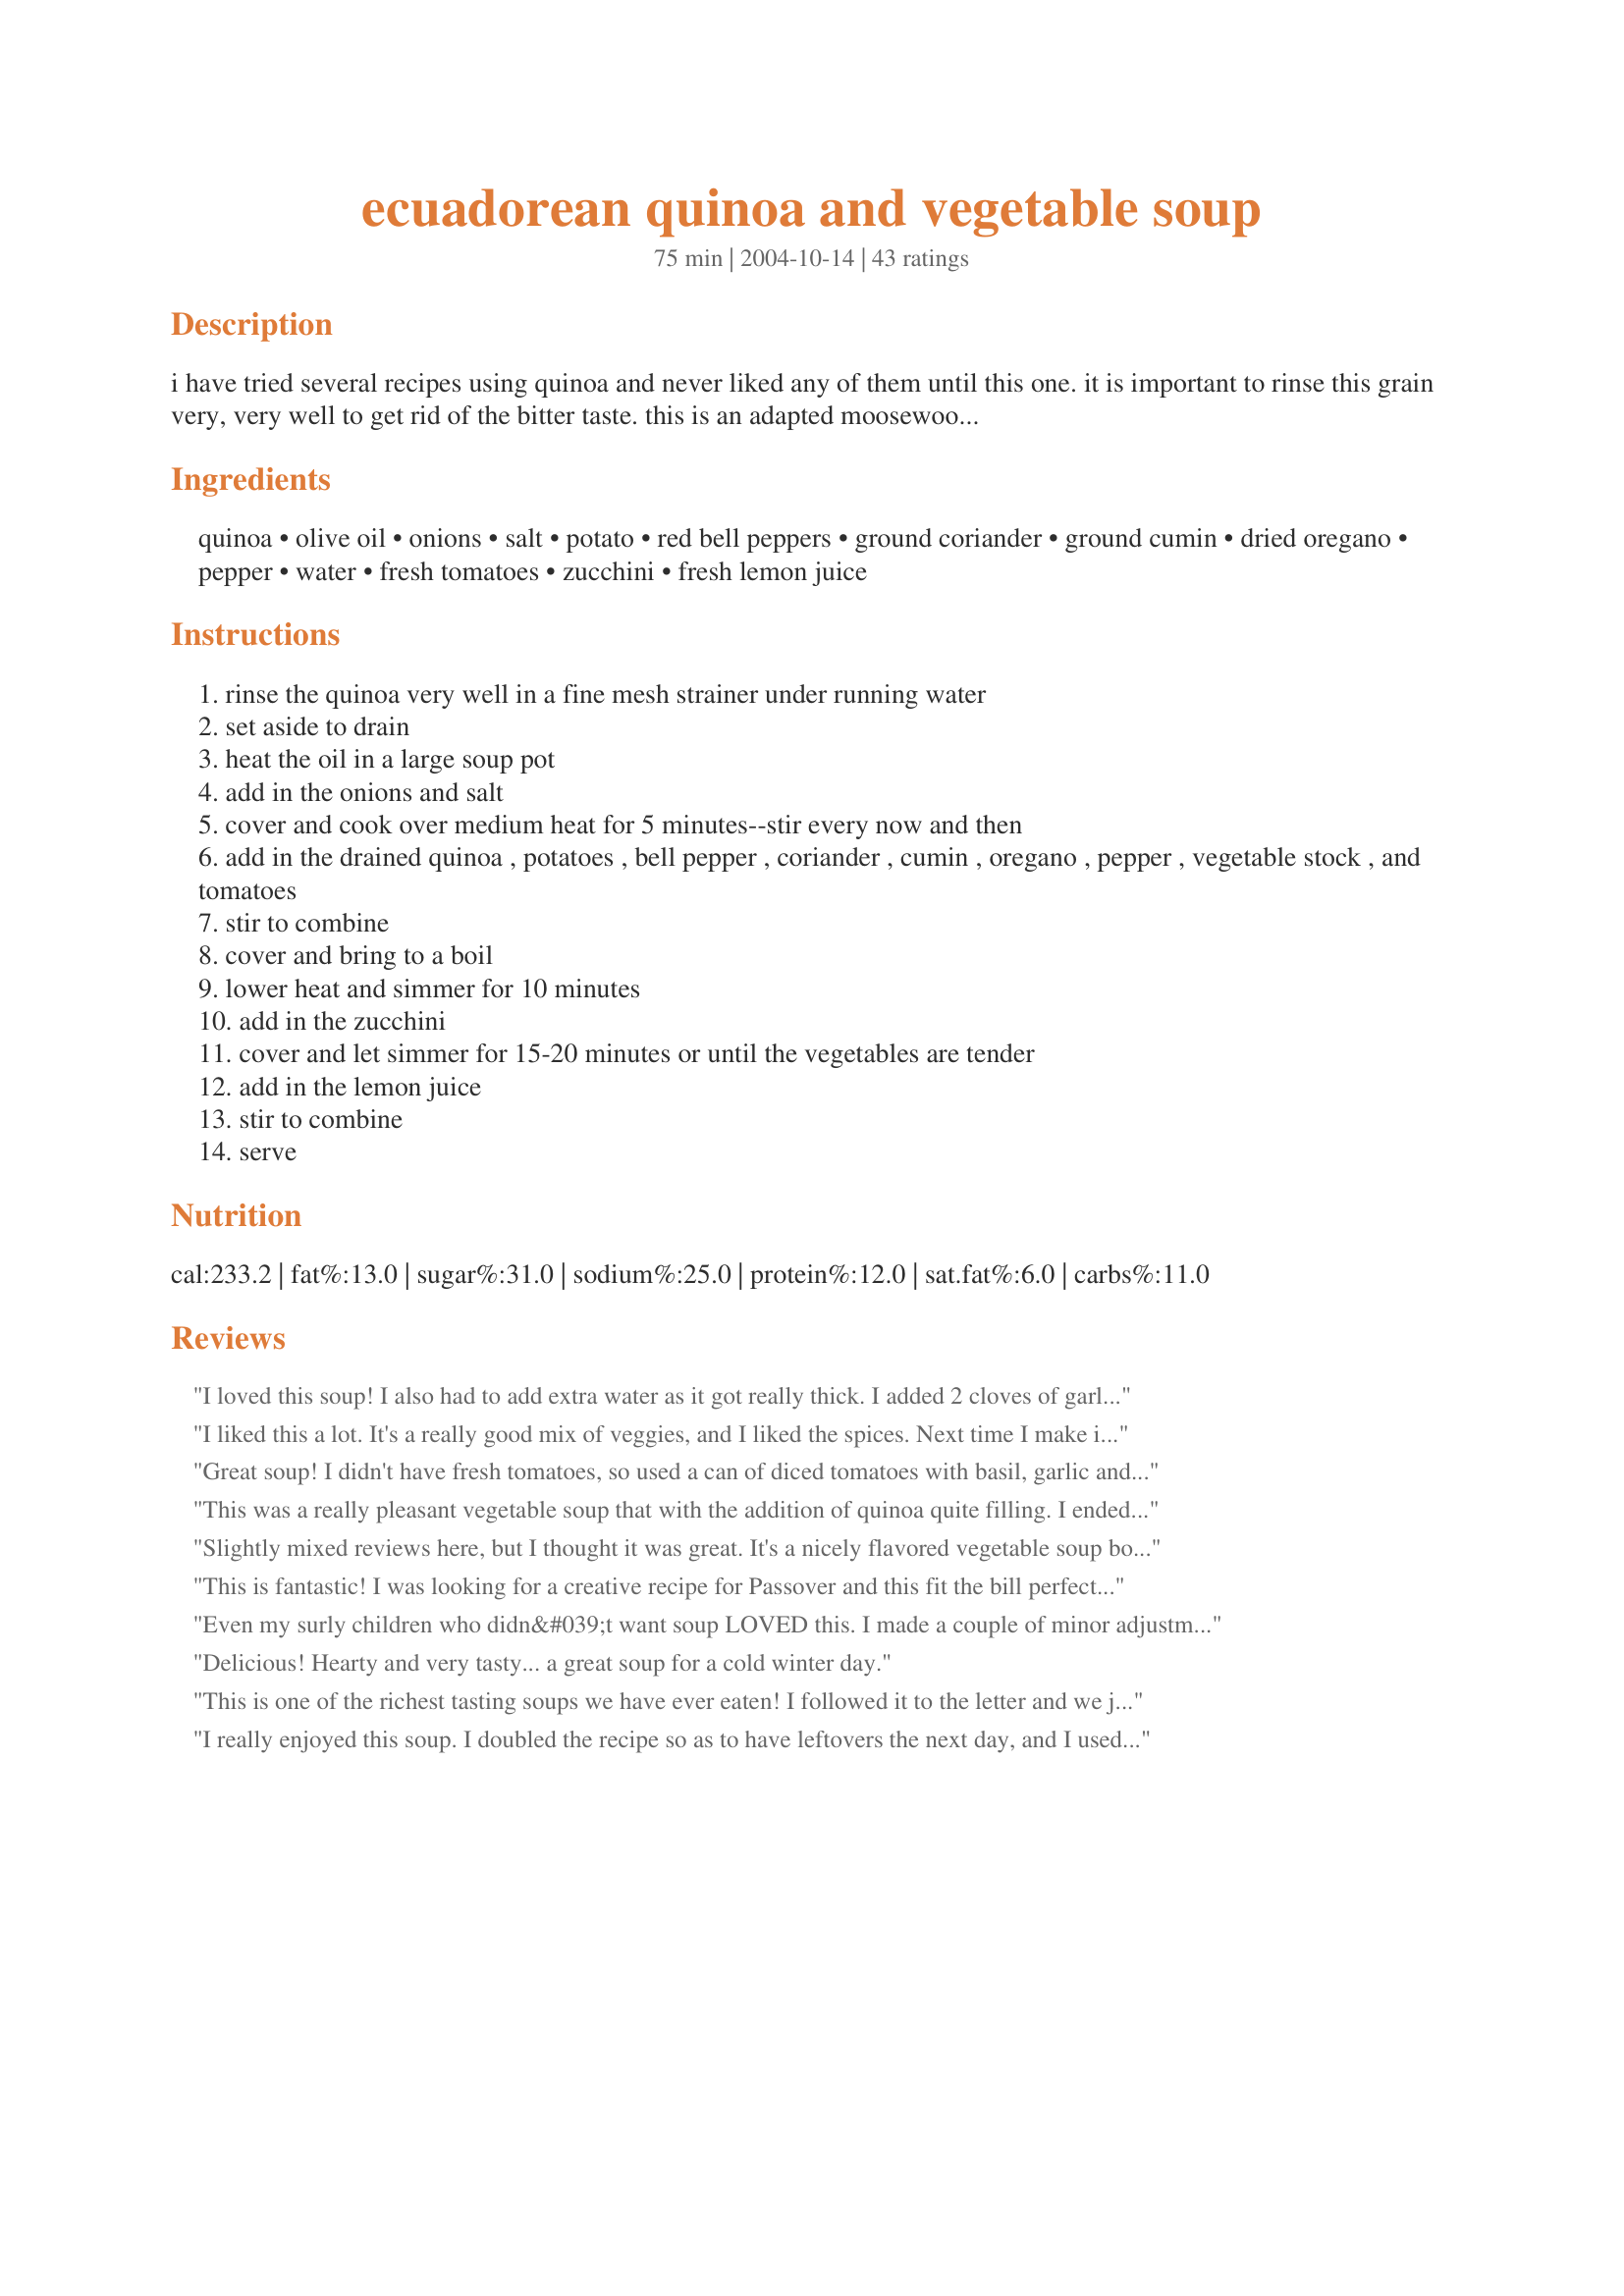
ecuadorean quinoa and vegetable soup
Preparation time: 75 minutes

i have tried several recipes using quinoa and never liked any of them until this one. it is important to rinse this grain very, very well to get rid of the bitter taste. this is an adapted moosewood recipe.

Ingredients:
quinoa, olive oil, onions, salt, potato, red bell peppers, ground coriander, ground cumin, dried oregano, pepper, water, fresh tomatoes, zucchini, fresh lemon juice

Steps:
rinse the quinoa very well in a fine mesh strainer under running water
set aside to drain
heat the oil in a large soup pot
add in the onions and salt
cover and cook over medium heat for 5 minutes--stir every now and then
add in the drained quinoa , potatoes , bell pepper , coriander , cumin , oregano , pepper , vegetable stock , and tomatoes
stir to combine
cover and bring to a boil
lower heat and simmer for 10 minutes
add in the zucchini
cover and let simmer for 15-20 minutes or until the vegetables are tender
add in the lemon juice
stir to combine
serve

Reviews:
I loved this soup! I also had to add extra water as it got really thick. I added 2 cloves of garlic and a splash of soy sauce to the recipe. The best way I have found yet to eat quinoa as it can sometimes be a bit stodgy. Lovely, thanks.
I liked this a lot. It's a really good mix of veggies, and I liked the spices. Next time I make it, I'll probably use larger amounts of the spices; also, I added more than the tb. of lemon called for. Thanks for sharing!
Great soup! I didn't have fresh tomatoes, so used a can of diced tomatoes with basil, garlic and oregano instead. Other than that, I followed directions exactly. Will make again, for sure! Thanks!
This was a really pleasant vegetable soup that with the addition of quinoa quite filling. I ended up adding an additional 2 cups of broth beacuse the soup initially resembled gruel with veggies. Used a combination of green and orange peppers which gave a nice appealing contrast to the tomatoes. The lemon was a nice addition and gave the dish a lighter flavor.
Slightly mixed reviews here, but I thought it was great. It's a nicely flavored vegetable soup boosted by the quinoa. I toasted the quinoa. I also added the cumin and coriander to the onions just as they finished sauteeing, as I think that releases more of the flavor. I used half broth, half water and canned tomatoes, so added no salt. Also, my bell pepper apparently had been used earlier, so I added a bit more zucchini to compensate, and I think that worked out quite well. Thanks for a very nice soup.
This is fantastic! I was looking for a creative recipe for Passover and this fit the bill perfectly since the ingredients are only fresh vegetables, broth, spices and quinoa. My guests loved it and many asked for the recipe! I made a double batch but added more broth toward the end to reach the desired consistency. I also used meat broth. Otherwise, I followed the recipe exactly. The quinoa thickened up the consistency to be almost stew-like - it was so rich and yummy. I will definitely make it again - for Passover and year-round.
Even my surly children who didn&#039;t want soup LOVED this. I made a couple of minor adjustments, adding a handful of chopped jalapeno peppers for a touch of heat, bag of mixed veggies instead of zucchini, and sweet potato instead of regular. Really, really hit the spot! I will definitely be making this again! Thanks!
Delicious! Hearty and very tasty... a great soup for a cold winter day.
This is one of the richest tasting soups we have ever eaten! I followed it to the letter and we just couldn't get enough of it. My husband is still talking about it the next day. Thanks, Carole
I really enjoyed this soup. I doubled the recipe so as to have leftovers the next day, and I used 10 cups of water instead of the 6 called for (if doubling). I added some chicken broth concentrate instead of vegetable stock. I omitted the tomatoes (didn't have any). Used red and yellow bell peppers. I added Cholula hot sauce to my 2nd bowl and it was even better. Next time I will add sliced avocados to this delightful, simple yet soulful soup.
I followed this recipe almost exactly, using water since I didn't have any vegetable broth. I kept the water at the same level by adding more as needed, and I thought I could have probably doubled the amount of salt. I also used about 1/3 cup quinoa instead of 1/2 cup. The end result was excellent but didn't blow me away. It was a lot of work for my busy schedule. Also, my strainer wasn't fine enough and the quinoa got stuck in it, and some when down the drain. I probably won't buy quinoa again since I don't want to buy another strainer just to wash it in. But that's not the recipe's fault.
I loved this. I added a bit more spices then it called for and added Tumeric, as well. Tastes great the next day cold, too.
I made this tonight. This recipe is a great way to clean out the veggie drawer. I omitted the potato, and added half of a small head of cabbage chopped,one carrot,one stalk of celery, one jalapeno with ribs and seeds,three green onions and some dehydrated onion, a zucchini, the quinoa,a 14 1/2 oz can of diced tomatoes, 6 cloves of chopped garlic ( husband had a bad cold ) and about 4 1/2 cups of chicken broth and cilantro and juice of 1 lemon at the end. Absolutely delicious!!! I loved it ,hubby hasn&#039;t tried it yet. I will be making this again, great on a cold and damp night!! Thanks for sharing.
Yummy! I used chicken broth since I didn&#039;t have vegetable broth and couldn&#039;t bear to use just water. I happily added 1 crushed garlic clover per the suggestion of another review. Don&#039;t forget the lemon juice - it balances out the flavors perfectly.
This was really excellent! Had a bunch of extra vegetables in the fridge, so I added brussel sprouts, carrots, ginger, garlic, sweet potato and upped the quinoa a bit to compensate. Easy recipe to play with, and it turned out so good. Highly recommend the ginger, it works great with the lemon juice. Also, if you really want to stay really low on calories, you can "steam fry" the onions in 1/4 cup water with the lid on rather than use oil. I never tried that before and was skeptical, but it worked fine and there's plenty of flavor in this soup without the oil.

Thanks for posting!
Absolutely delicious!!! I try the ginger variation recomended down here and I love it, thank you very much
Loved it! I will increase liquid next time...probably needed it b/c I used yellow potatoes (added at time of zuch.) and they disintegrated in the soup. I did add 1 large carrot in place of the bell pepper and threw in a little celery tops just for fun. Also didn&#039;t have vegetable stock so I used 2 small cubes of chicken broth. The only other change I made was to saute the tomatoes with the onions to release a little more of their flavor...oh and I added two cloves of garlic in there as well.
Yum! This soup has a great flavor, slightly reminiscent of vegetables and gumbo file powder. I must say I only tried this recipe because it had such great reviews, and because I recently bought some quinoa at a health food store and didn't know how to cook it. I was nervous about using cumin (I don't like it), nervous about using coriander (a spice I've used maybe once before, afraid I wouldn't like the quinoa. The only things I changed were to add about 3 cups more water, and cut down on the cumin. I also had to add a little extra of the spices to balance the added water.
Great stuff. Very flavorful, I was skeptical of the lemon but it was great, and I added cilantro. I played kind of fast and loose with the ingredients, a whole quart of stock, 2 smallish red potatoes, a whole red pepper, whole mediumish zucchini, 2 smallish onions, added some mild bulk sausage I had left from breakfast, etc., only really measured the seasonings. I will be making this a lot, with carrots next time and who knows what else. Thanks ratherbeswimmin'.
I got this recipe off Meet the Shannons. Their recipe calls for two corn on the cob broken in half and cooked with the soup. It's absollutely delicious. I love the tangy taste the lemon imparts.
I wasn't paying attention and added too much chicken stock to my quinoa. In an attempt to save the quinoa, I decided that soup was the best option and this recipe was impressive. I had everything, but the zucchini on-hand. The result was an incredible soup that I will definitely make again! Thanks for sharing!
Perfect, amazing, very delicious and healthy soup!! Just a perfect combination of spices and ingredients that come together as more than the sum of the parts. I added diced ginger, which I highly recommend if you like ginger.
This is delicious. I loved everything about it. It also freezes well.
Call me a quinoa-convert! This soup is terrific. I have tried quinoa before, cooking it like rice and I haven't been able to cook it quite right to get it to not be gummy. It worked wonderfully, though, in this soup. The spicing was mild but still present and I thought the flavors all blended well. I used red quinoa, and between that and the red bell peppers and tomatoes my soup was lovely with various shades of crimson. I used homemade vegetable stock and actually had to omit the zucchini (forgot it at the store!). I found the lemon juice to be a bit overpowering at first, but as the soup sat a little it mellowed a lot. I was afraid the quinoa would be overcooked by the time the pototes and tomatoes were done, but it turned out just lovely. BF and I were both surprised at how filling this was- I guess its because quinoa is so protein-rich? One last thing: I think this makes more than 4 servings. I got 7. Anyway, full of veggies and healthiness, this is a lovely soup and a good intro to quinoa for anyone unaquainted with the unusual grain. Thanks!
My first experience with quinoa and I chose this soup. It was sooo good, very comforting and filling. I could live on this soup!
Excellent, yummy, comforting soup! I added a little more vegetable broth to the correct the consistency and I didn't have zucchini on hand so I added chard. Next time I will add cilantro and a touch of heat, but this soup was excellent. I will make again and again! Thanks for the great recipe!
Excellent, and so healthy too! I did leave out the lemon juice, otherwise made as stated. It's even good cold as left overs! Thanks!
Great soup. We added a little heat to it, otherwise stuck to the recipe. We'll make this again!
This has become my favorite soup. I use an entire carton of vegetable broth (4 cups) and one can of diced tomatoes including the juice instead of the chopped fresh tomatoes. I also buy pre-washed quinoa to save time. You can substitute ingredients easily in this soup... I many times use a can of black beans instead of the potato and add a dash of hot sauce.
First had this a year ago thanks to javadeb and have loved it ever since. Great every time. I think three cups of stock are fine -- I end up with a stew-like dish that is very filling and satisfying. Also, it freezes well (be sure to make sure there&#039;s no air). Many thanks, ratherbeswimmin&#039;! Quinoa rulez!
Great soup. I ended up adding a touch more veggie stock because it seemed a little dry, but other than that, it was perfect.
Thanks for the recipe! It was my first exposure to Quinoa. Not sure I&#039;m a fan on quinoa, it was a little thick for me...but the soup base was good.
Recipe definately needs 5 cups liquid. I used chicken broth. I had avoided quinoa because the first time I didn't have any directions about washing the quinoa first. Thanks for posting.
It was tasty. I added more lemon and spice. Added 2 cloves garlic and a little ginger. More vegetables.
Delicious. Easy and just lovely. I forgot to add the lemon juice at the end, but it still tasted great. I also just threw in an extra cup of broth. Will make this one again!
I followed the recipe but in the last five minutes I added a huge handful of fresh spinach, a can of drained cannelini beans and some rotisserie chicken that I chopped up. I wanted extra protein. I then added the cup of broth I had left over so it was a bit more soupy. It still turned out like a stew, but very yummy!
Wonderful taste and easy to make. We added a tsp of red pepper flakes to really enhance the flavours. Will be making this often - thank you for sharing!
I ended up making this soup with barley instead of quinoa so I suppose I missed the point a little!! But it was delicious all the same. I used sweet potato in place of the regular potato and the resulting soup had great colour and tasted fantastic. Thank you.
This looks delicious and healthy! Can't wait to try it.
Delicious! This was my first time using quinoa, which I first prepared using the "Quinoa-Toasted" recipe. For the soup, I made a half-recipe but I needed to keep the liquid the same. I used beef broth and added some chipotle. Definitely will make again.
This is a wonderful soup, lots of flavor. I added one more cup of veggie broth and one crished garlic clove. Was a pleasant leftover lunch too the next day. Thank you!
Excellent soup. I multiplied this by 5, and had a nice large stock pot full. I used a combination of both red and green bell peppers, canned tomatoes and zucchini. I also added in some handfuls of baby spinach at the end to perk up the colors. I had to increase all of the spices and also the quantity of stock that I used, but that could be due to the increased cooking time. This reheats and stores well. Excellent soup, ratherbeswimmin'!
Very nice. A comforting, mild yet flavorful dish. I added a bay leaf and bit of cayenne pepper, that was the only thing different. I plan on making this many more times. Maybe next time with chickpeas and kale or black beans and sweet potato instead of potatoes and zucchini. This will be a fun one to experiment with!
